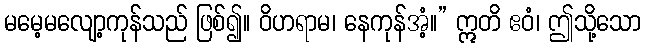
မမေ့မလျော့ကုန်သည် ဖြစ်၍။ ဝိဟရာမ၊ နေကုန်အံ့။” ဣတိ ဧဝံ၊ ဤသို့သော